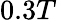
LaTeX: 0.3T